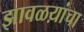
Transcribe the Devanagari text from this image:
झावळय़ांचा